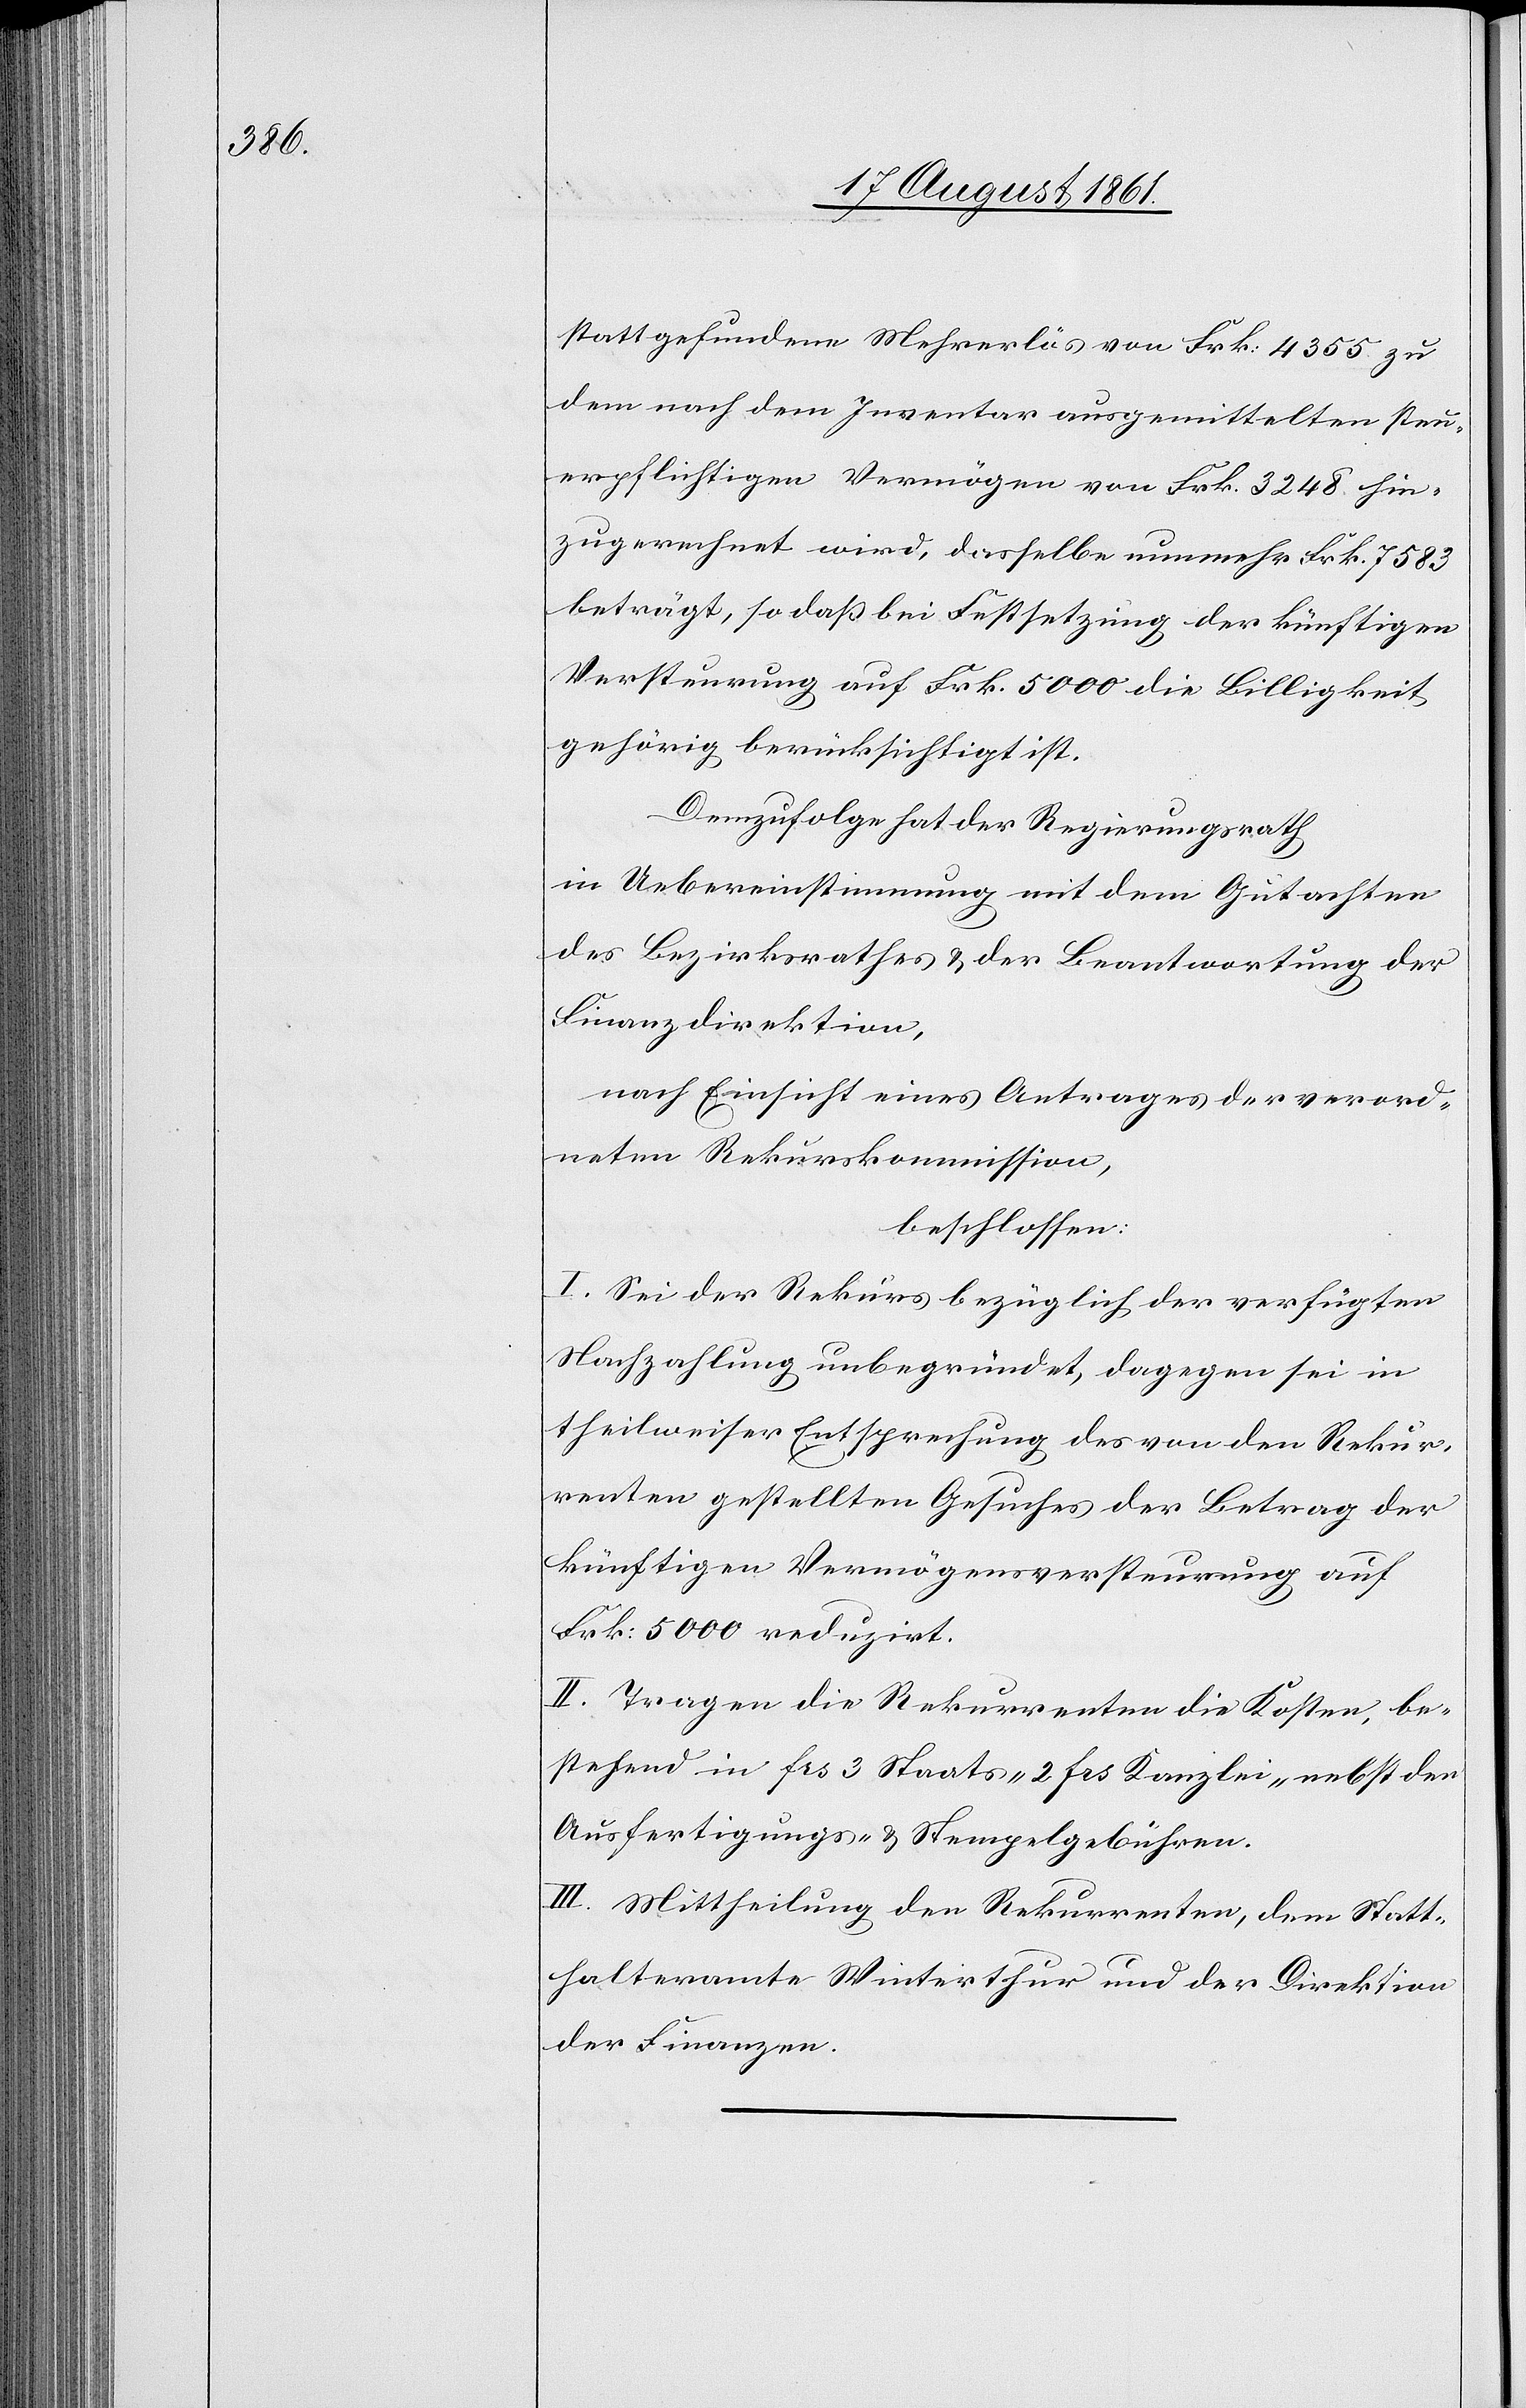
stattgefundene Mehrerlös von Frk. 4355 zu
dem nach dem Inventar ausgemittelten steu¬
erpflichtigen Vermögen von Frk. 3248 hin¬
zugerechnet wird, dasselbe nunmehr Frk 7583
beträgt, so daß bei Festsetzung der künftigen
Versteurung auf Frk. 5000 die Billigkeit
gehörig berücksichtigt ist.
Demzufolge hat der Regierungsrath,
in Uebereinstimmung mit dem Gutachten
des Bezirksrathes u. der Beantwortung der
Finanzdirektion,
nach Einsicht eines Antrages der verord¬
neten Rekurskommission,
beschlossen:
I. Sei der Rekurs bezüglich der verfügten
Nachzahlung unbegründet, dagegen sei in
theilweiser Entsprechung des von den Rekur¬
renten gestellten Gesuches der Betrag der
künftigen Vermögensversteurung auf
Frk. 5000 reduzirt.
II. Tragen die Rekurrenten die Kosten, be¬
stehend in frs 3 Staats- 2 frs Kanzlei- nebst den
Ausfertigungs- u. Stempelgebühren.
III. Mittheilung den Rekurrenten, dem Statt¬
halteramte Winterthur und der Direktion
der Finanzen.